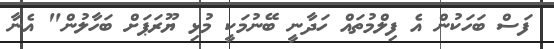
ފަސް ބަހަކުން އެ ފިލްމުތައް ހަދާނީ ބޭނުމަކީ މުޅި ޔޫރަޕަށް ބަހާލުން" އެނާ